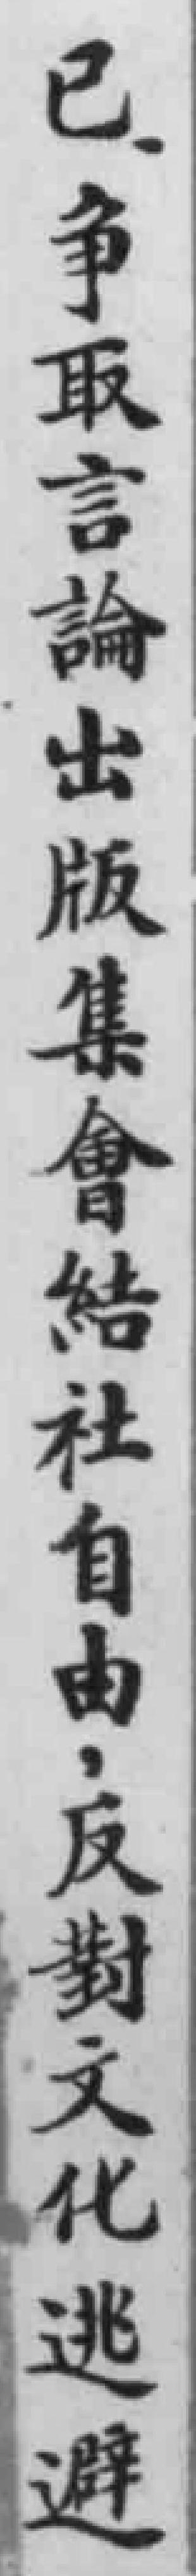
已争取言論出版集會结社自由，反對文化逃避